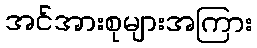
အင်အားစုများအကြား